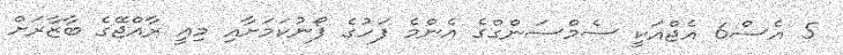
5 އެސް6 އެޖްއަކީ ސެމްސަންގްގެ އެންމެ ފަހުގެ ފޯނުކަމަށާއި މިއީ ރާއްޖޭގެ ބާޒާރަށް